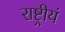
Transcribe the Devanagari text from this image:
राष्ट्रीयं